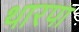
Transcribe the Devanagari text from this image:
थारपा